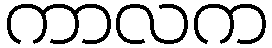
ကာလက